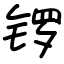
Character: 锣